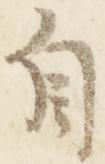
自